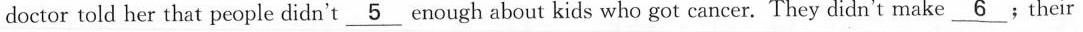
doctor told her that people didn't \underline{5} enough about kids who got cancer. They didn't make \unserline{6}﹔their